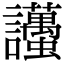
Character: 𧮚